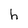
Character: h